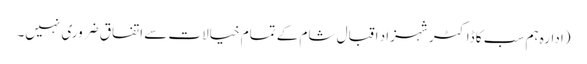
(ادارہ ہم سب کا ڈاکٹر شہزاد اقبال شام کے تمام خیالات سے اتفاق ضروری نہیں۔